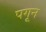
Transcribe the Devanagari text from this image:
पगून